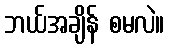
ဘယ်အချိန် စမလဲ။